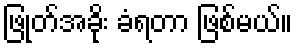
ဖြုတ်အခိုး ခံရတာ ဖြစ်မယ်။